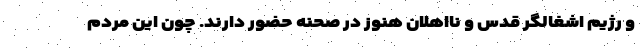
و رژیم اشغالگر قدس و نااهلان هنوز در صحنه حضور دارند. چون این مردم